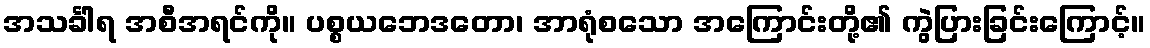
အသင်္ခါရ အစီအရင်ကို။ ပစ္စယဘေဒတော၊ အာရုံစသော အကြောင်းတို့၏ ကွဲပြားခြင်းကြောင့်။